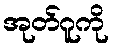
အုတ်ဂူကို